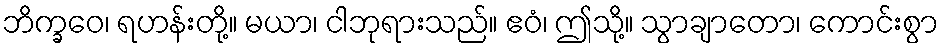
ဘိက္ခဝေ၊ ရဟန်းတို့။ မယာ၊ ငါဘုရားသည်။ ဧဝံ၊ ဤသို့။ သွာချာတော၊ ကောင်းစွာ